Report on vaccination in Madras 1877-1894 - 1877-1894
Year: 1877
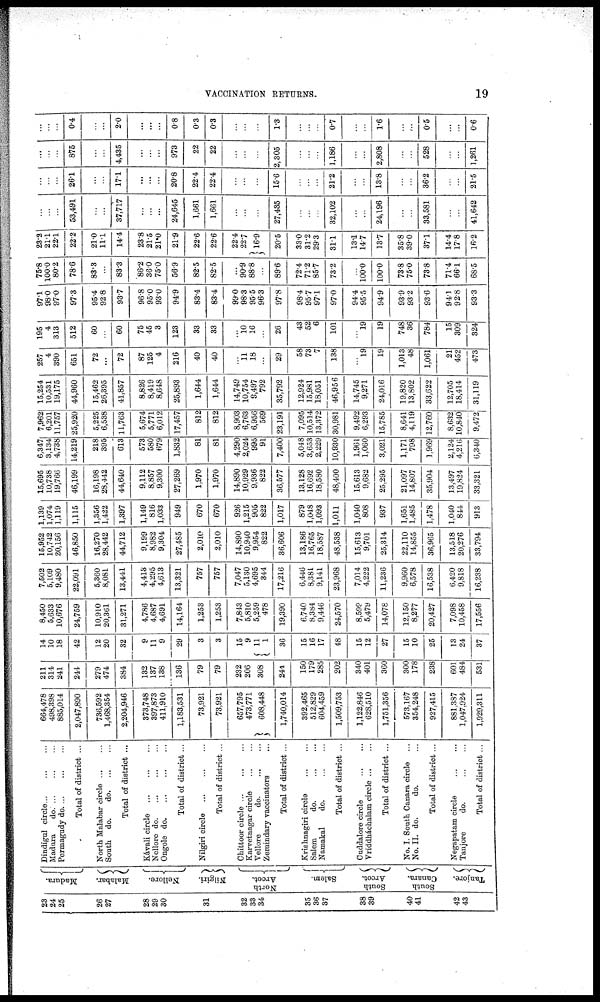
VACCINATION RETURNS.
19
23
24
25
26
27
28
29
30
31
32
33
34
35
36
37
38
39
40
41
42
43
Madura.
Malabar.
Nellore.
Nilgiri.
North
Arcot.
Salem.
South
Arcot.
South
Canara.
Tanjore.
Dindigul circle ... ... ...
Madura do. ... ... ...
Permagudy do. ... ... ...
Total of district ...
North Malabar circle ... ... ...
South do.
do. ... ...
Total of district ...
Kávali circle ... ... ...
Nellore do. ... ... ...
Ongole do. ... ... ...
Total of district ...
Nilgiri circle
...
...
...
Total of district ...
Chittoor circle ... ... ...
Karvetnagar circle ... ...
Vellore do. ... ...
Zemindary vaccinators ...
Total of district ...
Krishnagiri circle ... ...
Salem do. ... ...
Namakal
do.
...
...
Total of district ...
Cuddalore circle ... ...
Vriddháchalam circle ...
Total of district ...
No. I. South Canara circle ...
No. II. do.
do. ...
Total of district ...
Negapatam circle
...
...
Tanjore
do.
...
...
Total of district ...
664,478
498,398
885,014
2,047,890
736,592
1,468,354
2,204,946
373,748
397,873
411,910
1,183,531
73,921
73,921
657,795
473,771
608,448
1,740,014
392,465
512,829
604,459
1,509,753
1,122,846
628,510
1,751,356
573,167
354,248
927,415
881,387
1,047,924
1,929,311
211
314
241
244
279
474
384
132
137
138
136
79
79
232
206
308
244
150
179
285
202
340
401
360
300
178
238
601
484
531
14
10
18
42
12
20
32
9
11
9
29
3
3
15
9
11
1
36
15
16
17
48
15
12
27
15
10
25
13
24
37
8,450
5,633
10,676
24,759
10,910
20,361
31,271
4,786
4,687
4,691
14,164
1,253
1,253
7,843
5,810
5,259
478
19,390
6,740
8,384
9,446
24,570
8,599
5,479
14,078
12,150
8,277
20,427
7,098
10,458
17,556
7,502
5,109
9,480
22,091
5,360
8,081
13,441
4,413
4,295
4,613
13,321
757
757
7,047
5,130
4,695
344
17,216
6,446
8,381
9,141
23,968
7,014
4,222
11,236
9,960
6,578
16,538
6,420
9,818
16,238
15,952
10,742
20,156
46,850
16,270
28,442
44,712
9,199
8,982
9,304
27,485
2,010
2,010
14,890
10,940
9,954
822
36,606
13,186
16,765
18,587
48,538
15,613
9,701
25,314
22,110
14,855
36,965
13,518
20,276
33,794
1,139
1,074
1,119
1,115
1,356
1,422
1,397
1,149
816
1,033
949
670
670
926
1,215
905
822
1,017
879
1,048
1,093
1,011
1,040
808
937
1,651
1,485
1,478
1,040
844
913
15,695
10,738
19,766
46,199
16,198
28,442
44,640
9,112
8,857
9,300
27,269
1,970
1,970
14,890
10,929
9,936
822
36,577
13,128
16,692
18,580
48,400
15,613
9,682
25,295
21,097
14,807
35,904
13,497
19,824
33,321
6,347
3,134
4,738
14,219
218
395
613
573
580
679
1,832
81
81
4,290
2,024
995
91
7,400
5,048
3,653
2,229
10,930
1,961
1,060
3,021
1,171
798
1,969
2,124
4,216
6,340
7,962
6,201
11,757
25,920
5,225
6,538
11,763
5,674
5,771
6,012
17,457
812
812
8,903
6,763
6,956
569
23,191
7,095
10,514
13,372
30,981
9,492
6,293
15,785
8,641
4,119
12,760
8,632
10,840
9,472
15,254 10,531 19,175
44,960
15,462
26,395
41,857
8,826
8,419
8,648
25,893
1,644
1,644
14,749
10,754
9,497
792
35,792
12,924
15,981
18,051
46,956
14,745
9,271
24,016
19,820
13,802
33,622
12,705
18,414
31,119
257
4
390
651
72
...
72
87
125
4
216
40
40
...
11
18
...
29
58
73
7
138
...
19
19
1,013
48
1,061
21
452
473
195
4
313
512
60
...
60
75
45
3
123
33
33
...
10
16
...
26
43
52
6
101
...
19
19
748
36
784
15
309
324
97.1
98.0
97.0
97.3
95.4
92.8
93.7
96.8
95.0
93.0
94.9
83.4
83.4
99.0
98.3
95.5
96.3
97.8
98.4
95.7
97.1
97.0
94.4
95.5
94.9
93.9
93.2
93.6
94.1
92.8
93.3
75.8
100.0
80.2
78.6
83.3
...
83.3
86.2
36.0
75.0
56.9
82.5
82.5
...
90.9
88.8
...
89.6
72.4
71.2
85.7
73.2
...
100.0
100.0
73.8
75.0
73.8
71.4
66.1
68.5
23.2
21.1
22.1
22.2
21.0
11.1
14.4
23.8
21.5
21.0
21.9
22.6
22.6
22.4
22.7
16.9
20.5
33.0
31.2
29.3
31.1
13.1
14.7
13.7
35.8
39.0
37.1
14.4
17.8
16.2
...
...
...
53,491
...
...
37,717
...
...
...
24,645
1,661
1,661
...
...
...
27,435
...
...
...
32,102
...
...
24,196
...
...
33,581
...
...
41,642
...
...
...
26.1
...
...
17.1
...
...
...
20.8
22.4
22.4
...
...
...
15.6
...
...
...
21.2
...
...
13.8
...
...
36.2
...
...
21.5
...
...
...
875
...
...
4,435
...
...
...
973
22
22
...
...
...
2,305
...
...
...
1,186
...
...
2,808
...
...
528
...
...
1,261
...
...
...
0.4
...
...
2.0
...
...
...
0.8
0.3
0.3
...
...
...
1.3
...
...
...
0.7
...
...
1.6
...
...
0.5
...
...
0.6